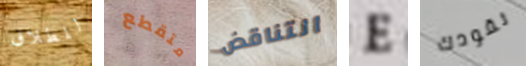
للطلاق متقطع التناقض E نقودك